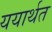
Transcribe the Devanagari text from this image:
ययार्थत